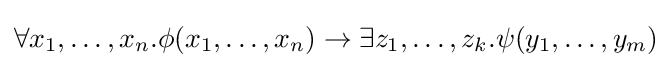
\forall x_{1},\ldots ,x_{n}.\phi (x_{1},\ldots ,x_{n})\rightarrow \exists z_{1},\ldots ,z_{k}.\psi (y_{1},\ldots ,y_{m})